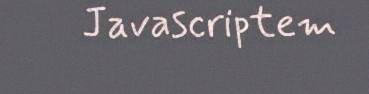
Javascriptem